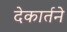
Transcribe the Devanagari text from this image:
देकार्तने